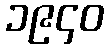
၁၉၄၀